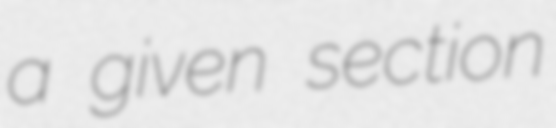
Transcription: a given section